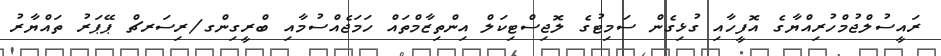
ރައީސުލްޖުމްހުރިއްޔާގެ އޮފީހާއި ގުޅިގެން ސަމިޓުގެ ލޮޖިސްޓިކަލް އިންތިޒާމްތައް ހަމަޖެއްސުމާއި ބްރީގިންގ/ރިސަރޗް ޕޭޕަރު ތައްޔާރު